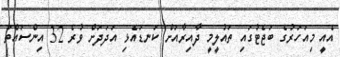
އެއީ މިއަހަަރުގެ ބަޖެޓުގައި ތައުލީމީ ދާއިރާއަށް ކަނޑައެޅި އަދަދަށް ވުރެ 32 އިންސައްތަ